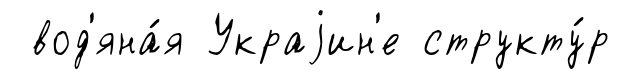
вод'яна́я Украjин'е структу́р